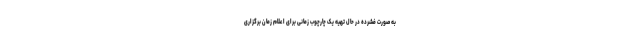
به صورت فشرده در حال تهیه یک چارچوب زمانی برای اعلام زمان برگزاری